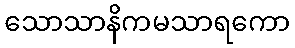
သောသာနိကမသာရကော